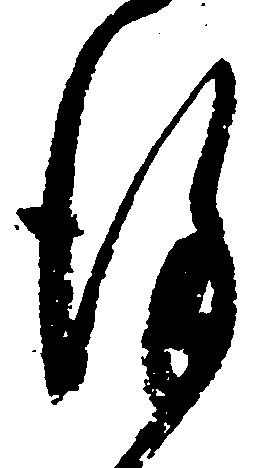
謹